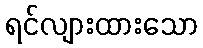
ရင်လျားထားသော